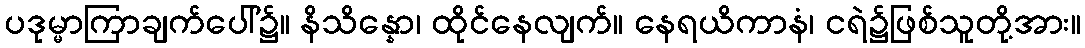
ပဒုမ္မာကြာချက်ပေါ်၌။ နိသိန္နော၊ ထိုင်နေလျက်။ နေရယိကာနံ၊ ငရဲ၌ဖြစ်သူတို့အား။